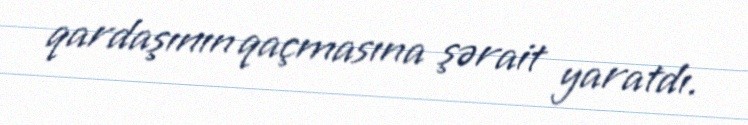
qardaşının qaçmasına şərait yaratdı.